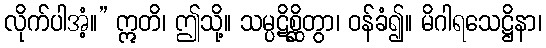
လိုက်ပါအံ့။” ဣတိ၊ ဤသို့။ သမ္ပဋိစ္ဆိတွာ၊ ဝန်ခံ၍။ မိဂါရသေဋ္ဌိနာ၊